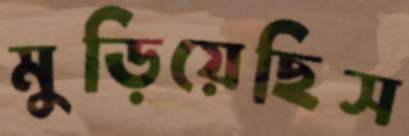
মুড়িয়েছিস